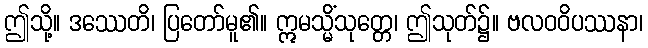
ဤသို့။ ဒဿေတိ၊ ပြတော်မူ၏။ ဣမသ္မိံသုတ္တေ၊ ဤသုတ်၌။ ဗလဝဝိပဿနာ၊